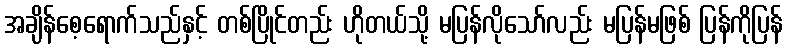
အချိန်စေ့ရောက်သည်နှင့် တစ်ပြိုင်တည်း ဟိုတယ်သို့ မပြန်လိုသော်လည်း မပြန်မဖြစ် ပြန်ကိုပြန်